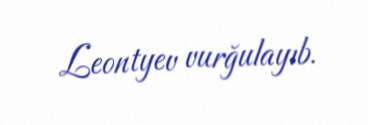
Leontyev vurğulayıb.